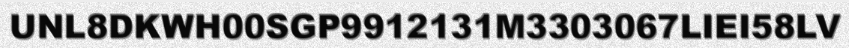
UNL8DKWH00SGP9912131M3303067LIEI58LV